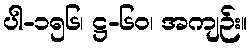
ပါ-၁၅၆၊ ဋ္ဌ-၆၀၊ အကျဉ်း။